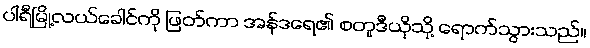
ပါရီမြို့လယ်ခေါင်ကို ဖြတ်ကာ အန်ဒရေ၏ စတူဒီယိုသို့ ရောက်သွားသည်။